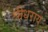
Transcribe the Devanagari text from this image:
श्रीधराय